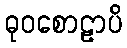
ဓုဝစောဠာပိ